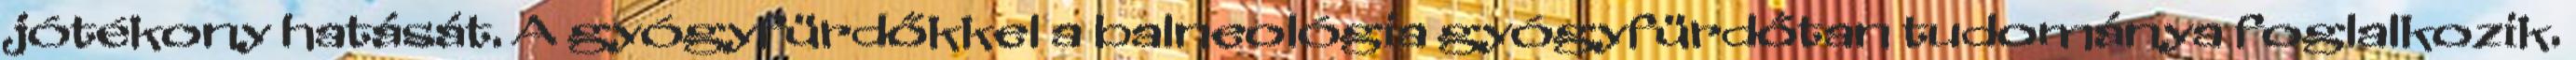
jótékony hatását. A gyógyfürdőkkel a balneológia gyógyfürdőtan tudománya foglalkozik.